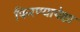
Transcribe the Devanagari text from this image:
फिरण्यापेक्षा